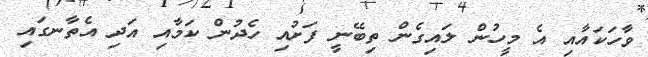
ވާހަކައާއި އެ މީހުން ލައިގެން ތިބޭނީ ފަށުއި ހެދުން ކަމާއި އަދި އެތާނގައި